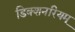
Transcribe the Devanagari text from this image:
डिक्शनरियम्